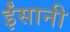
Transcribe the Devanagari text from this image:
ईंसानी